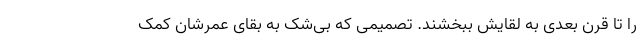
را تا قرن بعدی به لقایش ببخشند. تصمیمی که بی‌شک به بقای عمرشان کمک